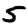
Digit: 5